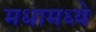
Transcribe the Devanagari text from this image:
मधामध्ये